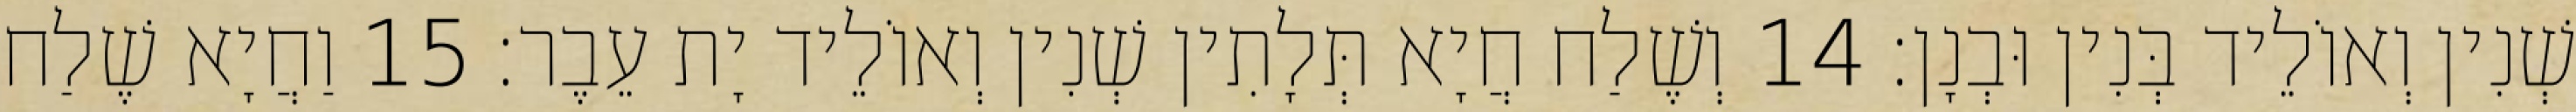
שְׁנִין וְאוֹלֵיד בְּנִין וּבְנָן׃ 14 וְשֶׁלַח חֲיָא תְּלָתִין שְׁנִין וְאוֹלֵיד יָת עֵבֶר׃ 15 וַחֲיָא שֶׁלַח